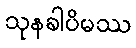
သုနခါပိမဿ